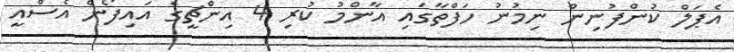
އެޕަލް ކުންފުނިން ނިމުނު ހަފްތާގައި އާންމު ކުރި 4 އިންޗީގެ އައިފޯން އެސްއީ